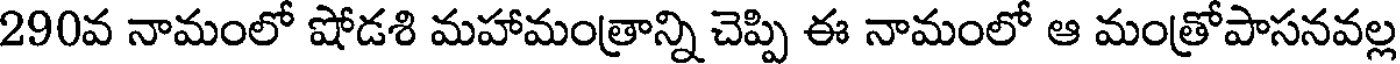
290వ నామంలో షోడశి మహామంత్రాన్ని చెప్పి ఈ నామంలో ఆ మంత్రోపాసనవల్ల